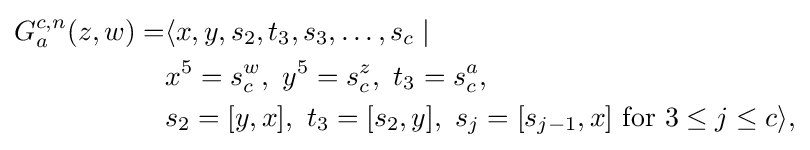
{\begin{aligned}G_{a}^{c,n}(z,w)=&\langle x,y,s_{2},t_{3},s_{3},\ldots ,s_{c}\mid {}\\&x^{5}=s_{c}^{w},\ y^{5}=s_{c}^{z},\ t_{3}=s_{c}^{a},\\&s_{2}=[y,x],\ t_{3}=[s_{2},y],\ s_{j}=[s_{j-1},x]{\text{ for }}3\leq j\leq c\rangle ,\end{aligned}}